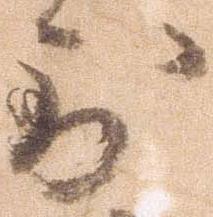
到